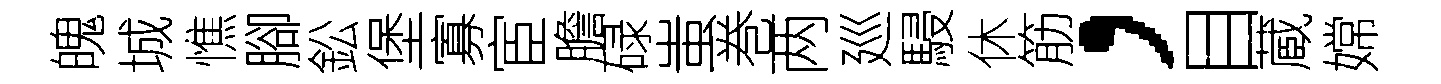
魄城憔腳鈆堡寡宦膽碌蚩巻两廵駸休筋，目蔵嫦